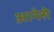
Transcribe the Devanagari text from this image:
आनेसे